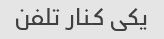
یکی کنار تلفن